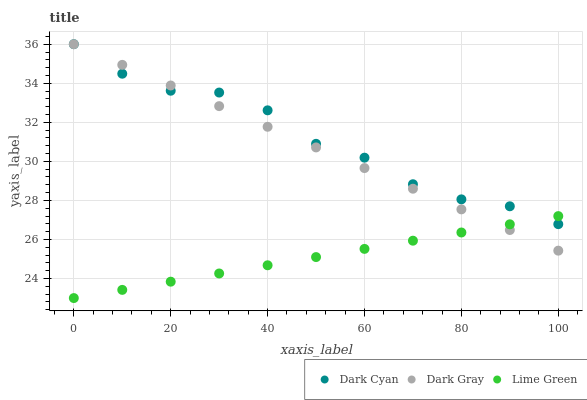
| xaxis_label | Dark Cyan | Dark Gray | Lime Green |
 | --- | --- | --- | --- |
 | 0 | 36 | 36 | 23 |
 | 10 | 34.5 | 34.9 | 23.4 |
 | 20 | 33.6 | 33.9 | 23.8 |
 | 30 | 33.5 | 32.8 | 24.3 |
 | 40 | 32.6 | 31.8 | 24.7 |
 | 50 | 30.9 | 30.7 | 25.1 |
 | 60 | 30.2 | 29.7 | 25.5 |
 | 70 | 28.8 | 28.6 | 25.9 |
 | 80 | 28.1 | 27.5 | 26.4 |
 | 90 | 27.7 | 26.5 | 26.8 |
 | 100 | 26.8 | 25.4 | 27.2 |